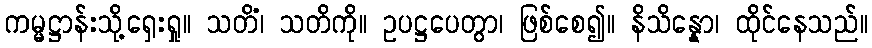
ကမ္မဋ္ဌာန်းသို့ရှေးရှု။ သတိံ၊ သတိကို။ ဥပဋ္ဌပေတွာ၊ ဖြစ်စေ၍။ နိသိန္နော၊ ထိုင်နေသည်။